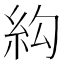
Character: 𰫛